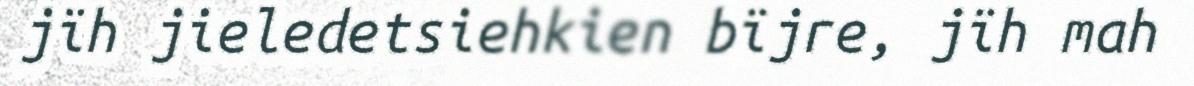
jïh jieledetsiehkien bïjre, jïh mah